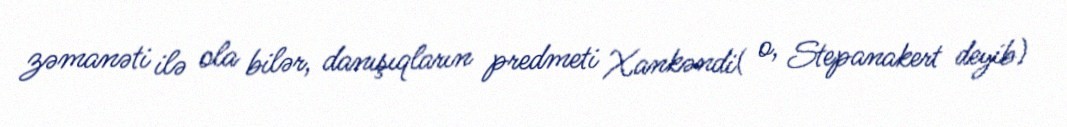
zəmanəti ilə ola bilər, danışıqların predmeti Xankəndi( o, Stepanakert deyib)